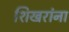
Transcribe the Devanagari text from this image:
शिखरांना